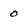
Character: 0